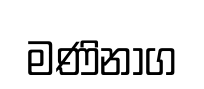
මණිනාග